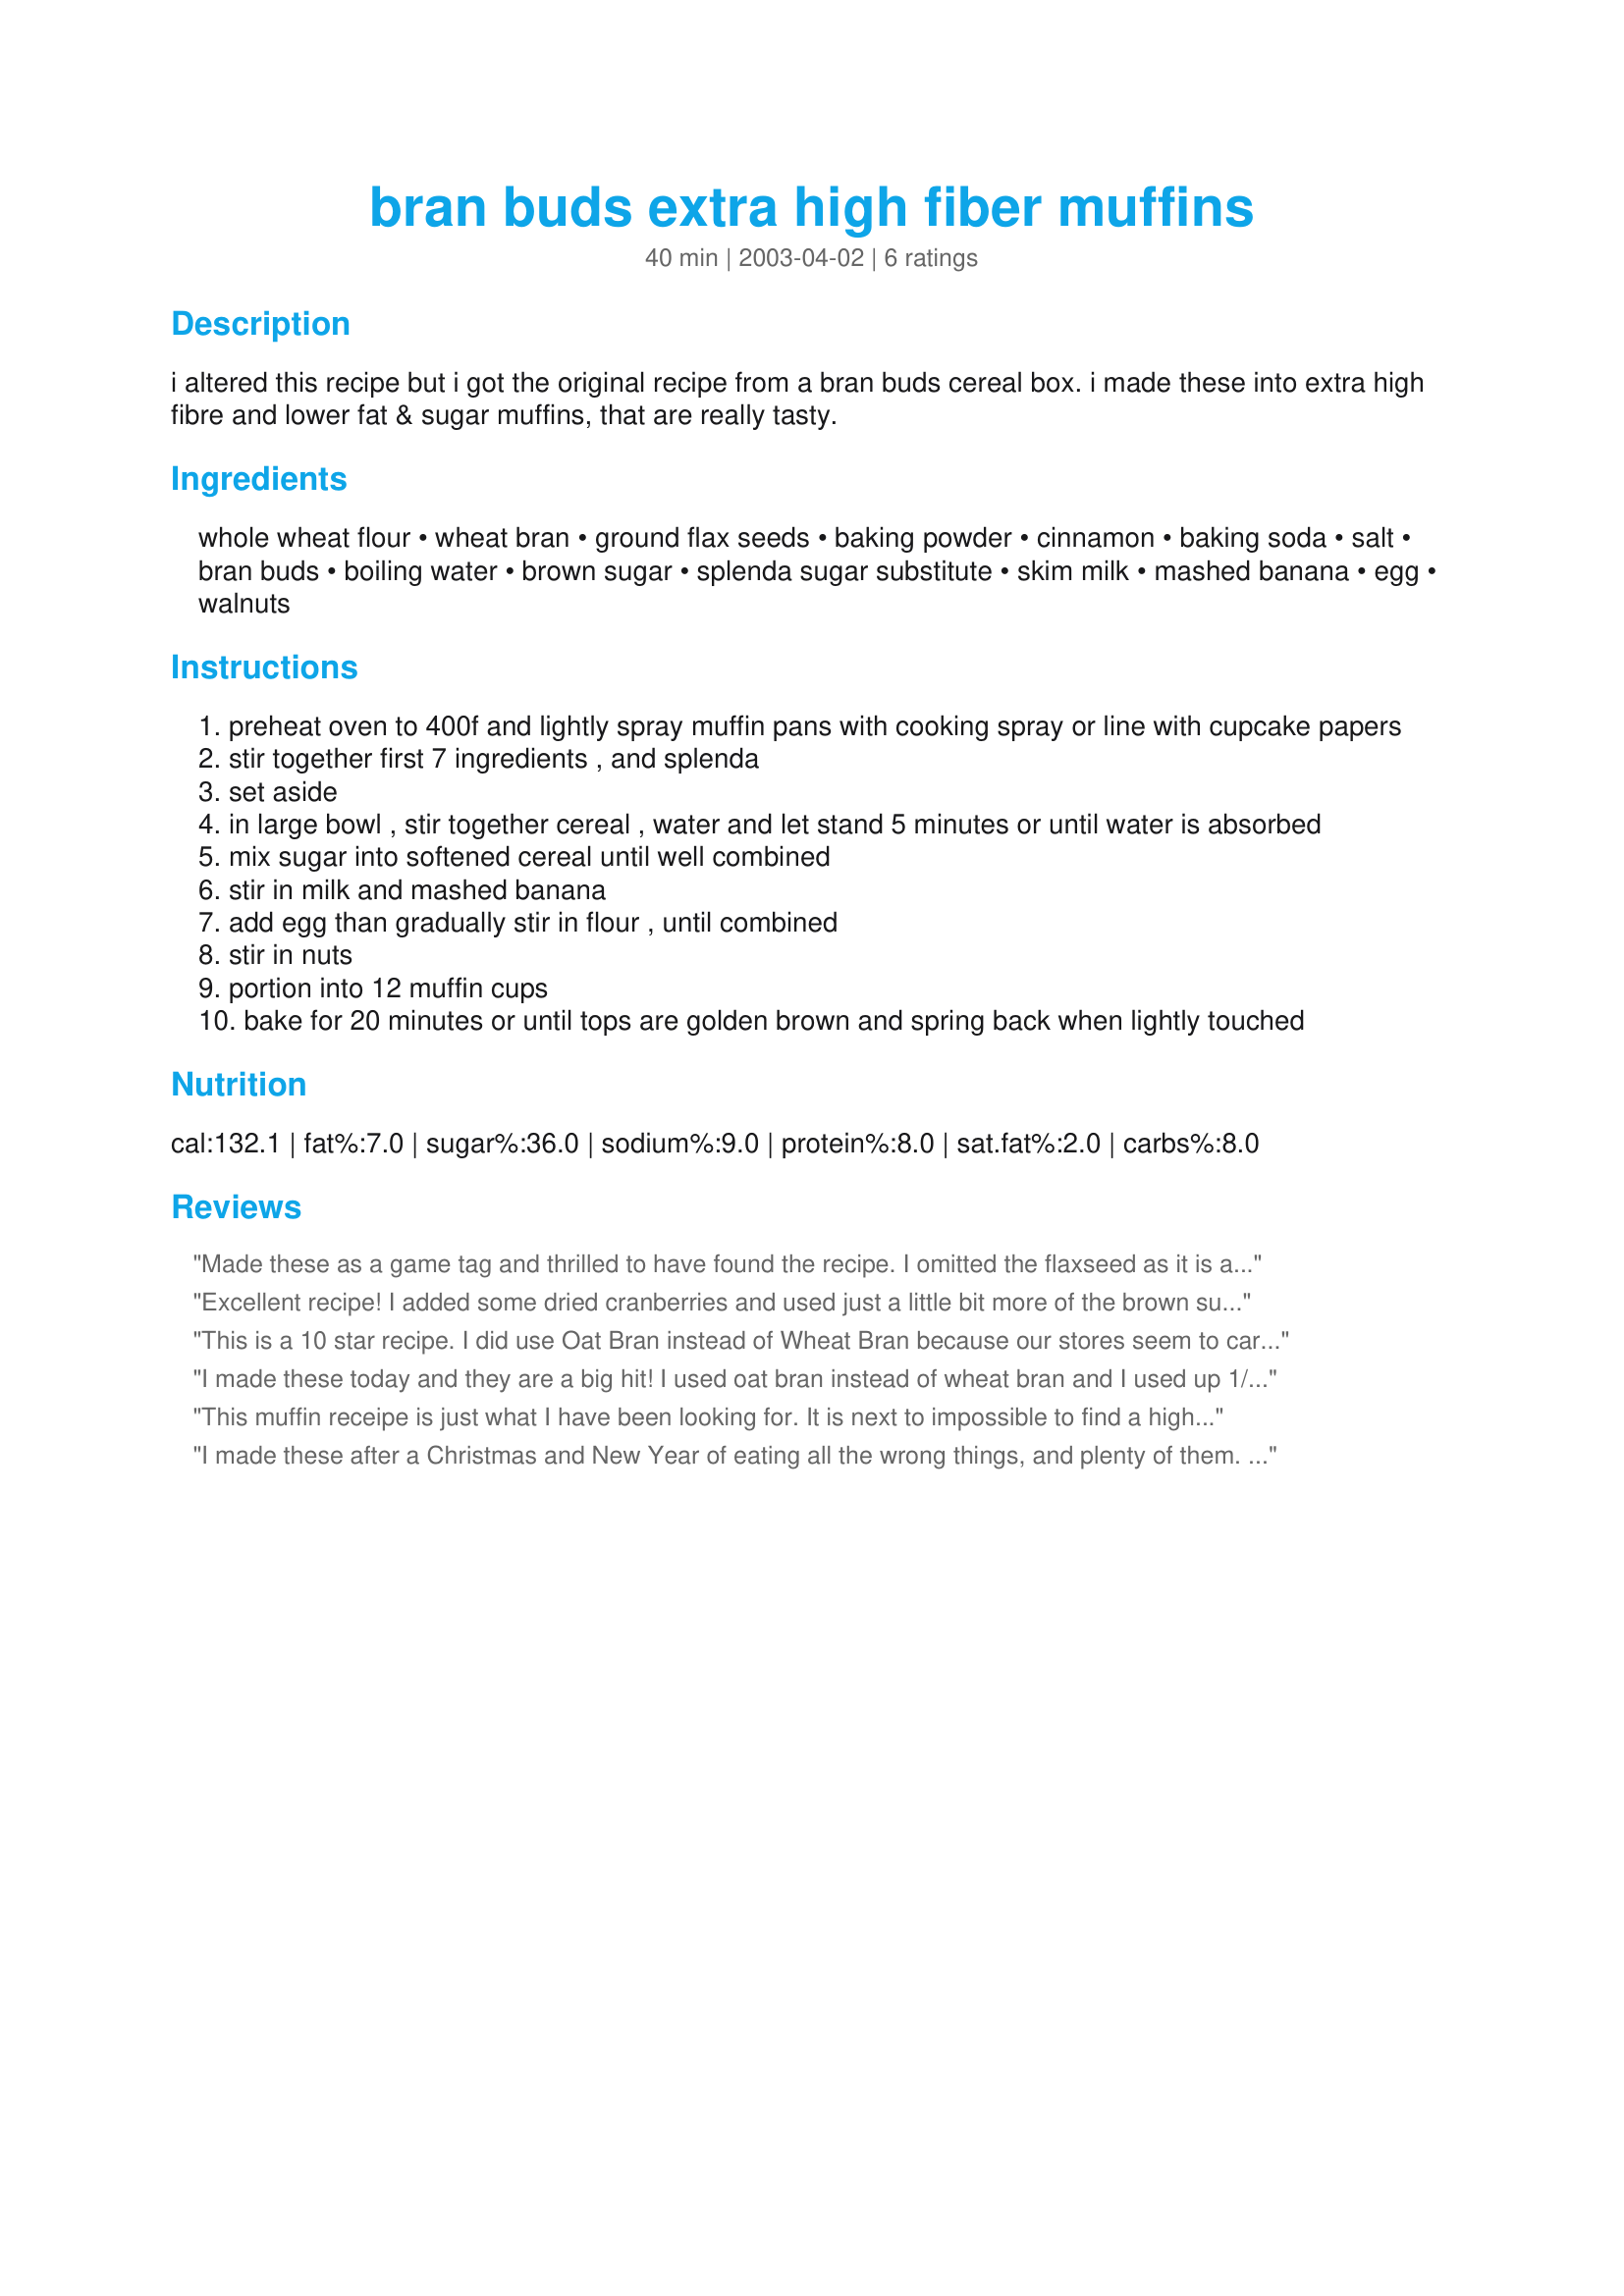
bran buds extra high fiber muffins
Preparation time: 40 minutes

i altered this recipe but i got the original recipe from a bran buds cereal box. i made these into extra high fibre and lower fat & sugar muffins, that are really tasty.

Ingredients:
whole wheat flour, wheat bran, ground flax seeds, baking powder, cinnamon, baking soda, salt, bran buds, boiling water, brown sugar, splenda sugar substitute, skim milk, mashed banana, egg, walnuts

Steps:
preheat oven to 400f and lightly spray muffin pans with cooking spray or line with cupcake papers
stir together first 7 ingredients , and splenda
set aside
in large bowl , stir together cereal , water and let stand 5 minutes or until water is absorbed
mix sugar into softened cereal until well combined
stir in milk and mashed banana
add egg than gradually stir in flour , until combined
stir in nuts
portion into 12 muffin cups
bake for 20 minutes or until tops are golden brown and spring back when lightly touched

Reviews:
Made these as a game tag and thrilled to have found the recipe. I omitted the flaxseed as it is a taste I don't care for. Was out of nuts of all varieties, so I used a 1/2 cup of dried fruit (currants, diced plums and pears). The muffins are a wee bit on the small side, but tender and moist - not too sweet and just swimming in flavor. The cinnamon was a nice addition and covered that taste that you sometimes get when baking with Splenda. Mine took 26 minutes.
Excellent recipe! I added some dried cranberries and used just a little bit more of the brown sugar instead of the Splenda (I hate artificial sweeteners) and they came out great! These muffins freeze really well so you can always have them on hand. After searching high and low, this recipe had the most fiber per muffin without too much sugar or fat. A real winner!
This is a 10 star recipe. I did use Oat Bran instead of Wheat Bran because our stores seem to carry only the Oat. Instead of water, used unsweetened apple juice. The next times I make these I will try dried fruits - apple bits - different kinds of nuts. Maybe also, a bit more spice. All in all, these muffins are a true winner. Try them, you will love them. I filled cupcake liners almost full and got 14. Took 22 minutes to bake up perfectly.
I made these today and they are a big hit! I used oat bran instead of wheat bran and I used up 1/2 unsweetened applesauce and 1c.whole cranberry sauce from the holidays and they turned out moist and delicious! Will definitely make these again!
This muffin receipe is just what I have been looking for. It is next to impossible to find a high fibre muffin receipe that tastes good. This is terrific and I am truly thankful that I have found this receipe with 7.6 grams of fibre and tastes wonderful. Jackie
I made these after a Christmas and New Year of eating all the wrong things, and plenty of them. These deliciously hearty muffins are easy to make, freeze well and the fat content listed in the nutrition guidelines must come from the nuts as there is no added fat, which keeps the calories down. I shelled some mixed nuts left over from Christmas but didn't add too many and used granulated sugar instead of brown and Splenda but cut it down by a little. Such a lovely way to eat more fiber and easy to pack if going on a trip or visit to snack on or in place of a bran cereal. I will definitely be making these again. They are delicious enough that you might just forget how healthy they are and they freeze well. Thank you precious.
